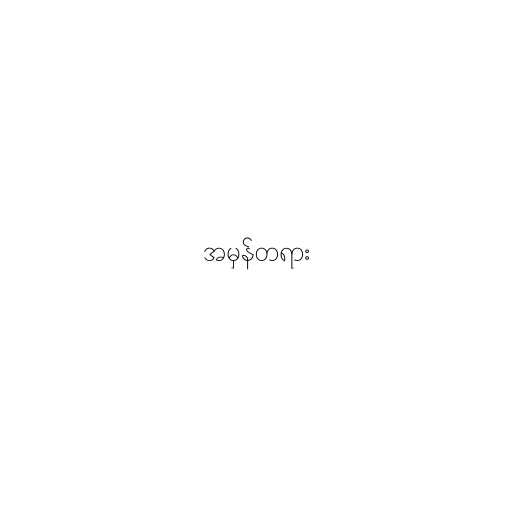
အမှန်တရား